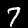
Digit: 7